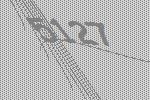
5127